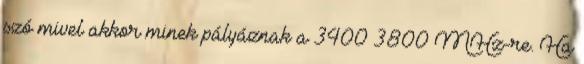
szó mivel akkor minek pályáznak a 3400–3800 MHz-re. Ha